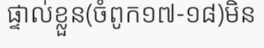
ផ្ទាល់ខ្លួន(ចំពូក១៧-១៨)មិន